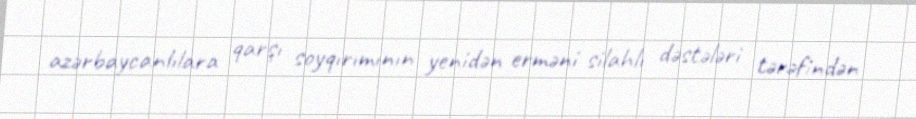
azərbaycanlılara qarşı soyqırımının yenidən erməni silahlı dəstələri tərəfindən